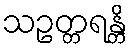
သဥတ္တရန္တိ